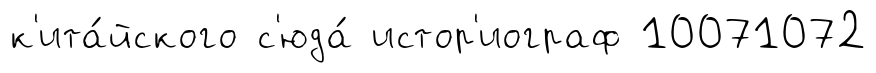
к'ита́йского с'юда́ истор'иограф 10071072